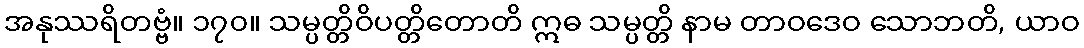
အနုဿရိတဗ္ဗံ။ ၁၇၀။ သမ္ပတ္တိဝိပတ္တိတောတိ ဣဓ သမ္ပတ္တိ နာမ တာဝဒေဝ သောဘတိ, ယာဝ